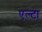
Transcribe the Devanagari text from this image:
एल्टा